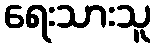
ရေးသားသူ